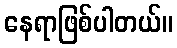
နေရာဖြစ်ပါတယ်။